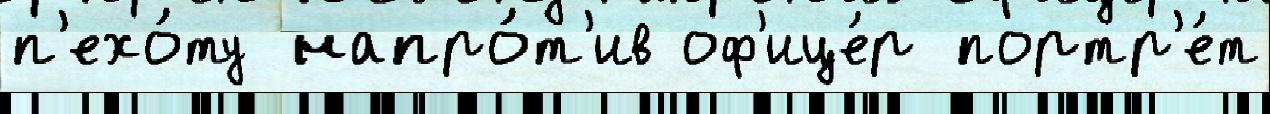
п'ехо́ту напро́т'ив оф'ице́р портр'е́т